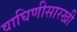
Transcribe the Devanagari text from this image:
वाघिणीसारखी